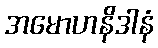
အမောဟနိဒါနံ